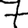
Digit: 7